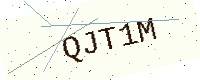
Text: QJT1M